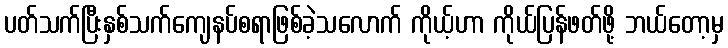
ပတ်သက်ပြီးနှစ်သက်ကျေနပ်စရာဖြစ်ခဲ့သလောက် ကိုယ့်ဟာ ကိုယ်ပြန်ဖတ်ဖို့ ဘယ်တော့မှ